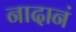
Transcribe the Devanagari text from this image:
नादानं